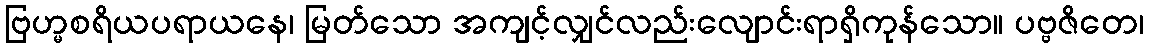
ဗြဟ္မစရိယပရာယနေ၊ မြတ်သော အကျင့်လျှင်လည်းလျောင်းရာရှိကုန်သော။ ပဗ္ဗဇိတေ၊